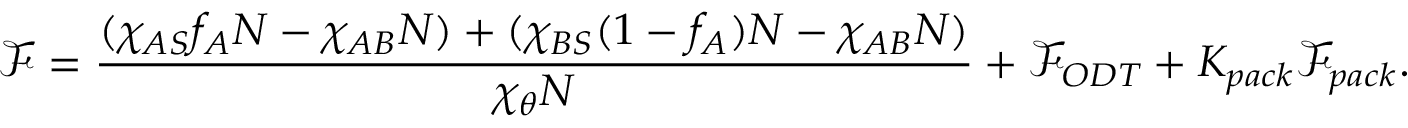
\mathcal { F } = \frac { ( \chi _ { A S } f _ { A } N - \chi _ { A B } N ) + ( \chi _ { B S } ( 1 - f _ { A } ) N - \chi _ { A B } N ) } { \chi _ { \theta } N } + \mathcal { F } _ { O D T } + K _ { p a c k } \mathcal { F } _ { p a c k } .